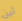
أين